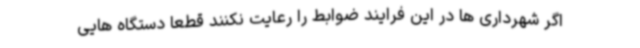
اگر شهرداری ها در این فرایند ضوابط را رعایت نکنند قطعا دستگاه هایی